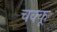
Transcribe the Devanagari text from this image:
चक्कू